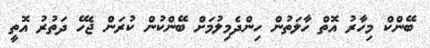
ބޭންކް މިހާރު އޮތް ހާލަތުން ހިންދެމިލުމަށް ބޭންކުން ކުރަން ޖެހޭ ދަތުރު އޮތީ